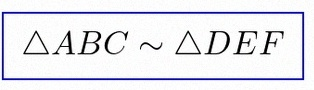
\triangle ABC\sim\triangle DEF